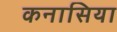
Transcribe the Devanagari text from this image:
कनासिया